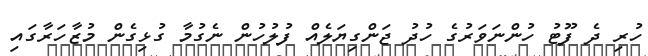
ހުރި ދެ ފޫޓު ހުންނަވަރުގެ ހުދު ޖަންގިޔަލެއް ފުލުހުން ނެގުމާ ގުޅިގެން މުޒާހަރާގައި